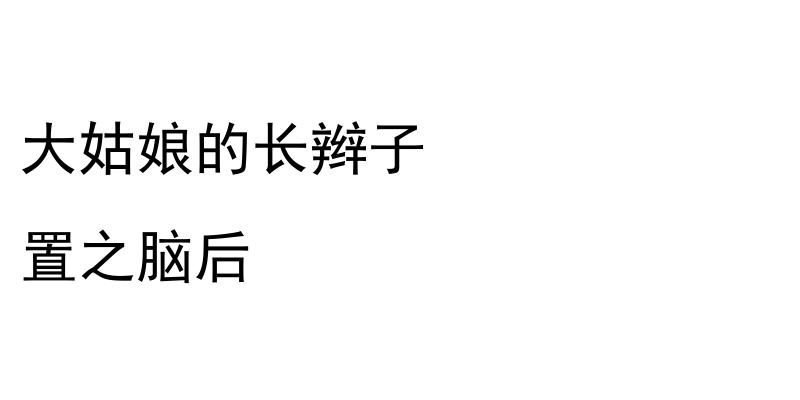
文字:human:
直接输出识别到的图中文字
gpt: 大姑娘的长辫子 置之脑后